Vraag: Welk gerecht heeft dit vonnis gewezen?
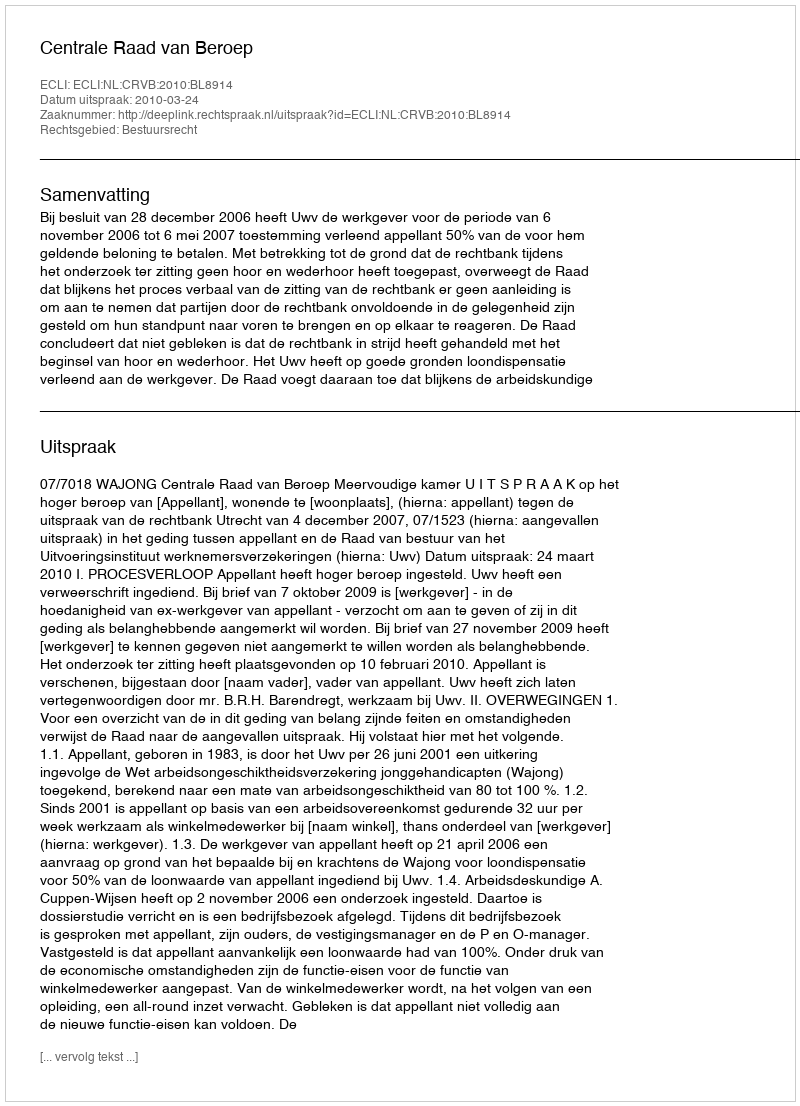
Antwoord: Centrale Raad van Beroep